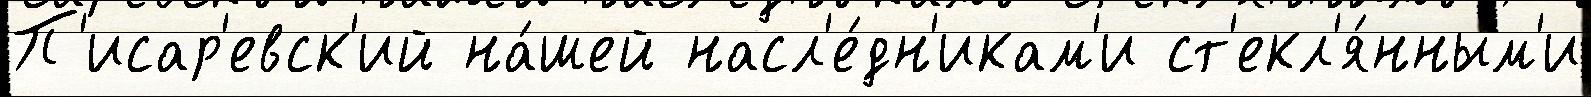
П'исар'евск'ий на́шей насл'е́дн'икам'и ст'екл'я́нным'и